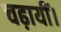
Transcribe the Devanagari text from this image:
चढ़ायीं।